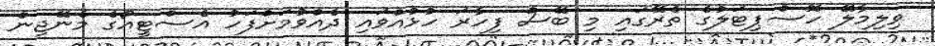
ވިލިމާލޭ ހޮސްޕިޓަލުގެ ތެރޭގައި މި ބޭސް ފިހާރަ ހުޅުއްވައި ދެއްވުމަށްފަހު އެސްޓީއޯގެ މެނޭޖިން